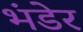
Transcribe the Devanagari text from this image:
भंडेर